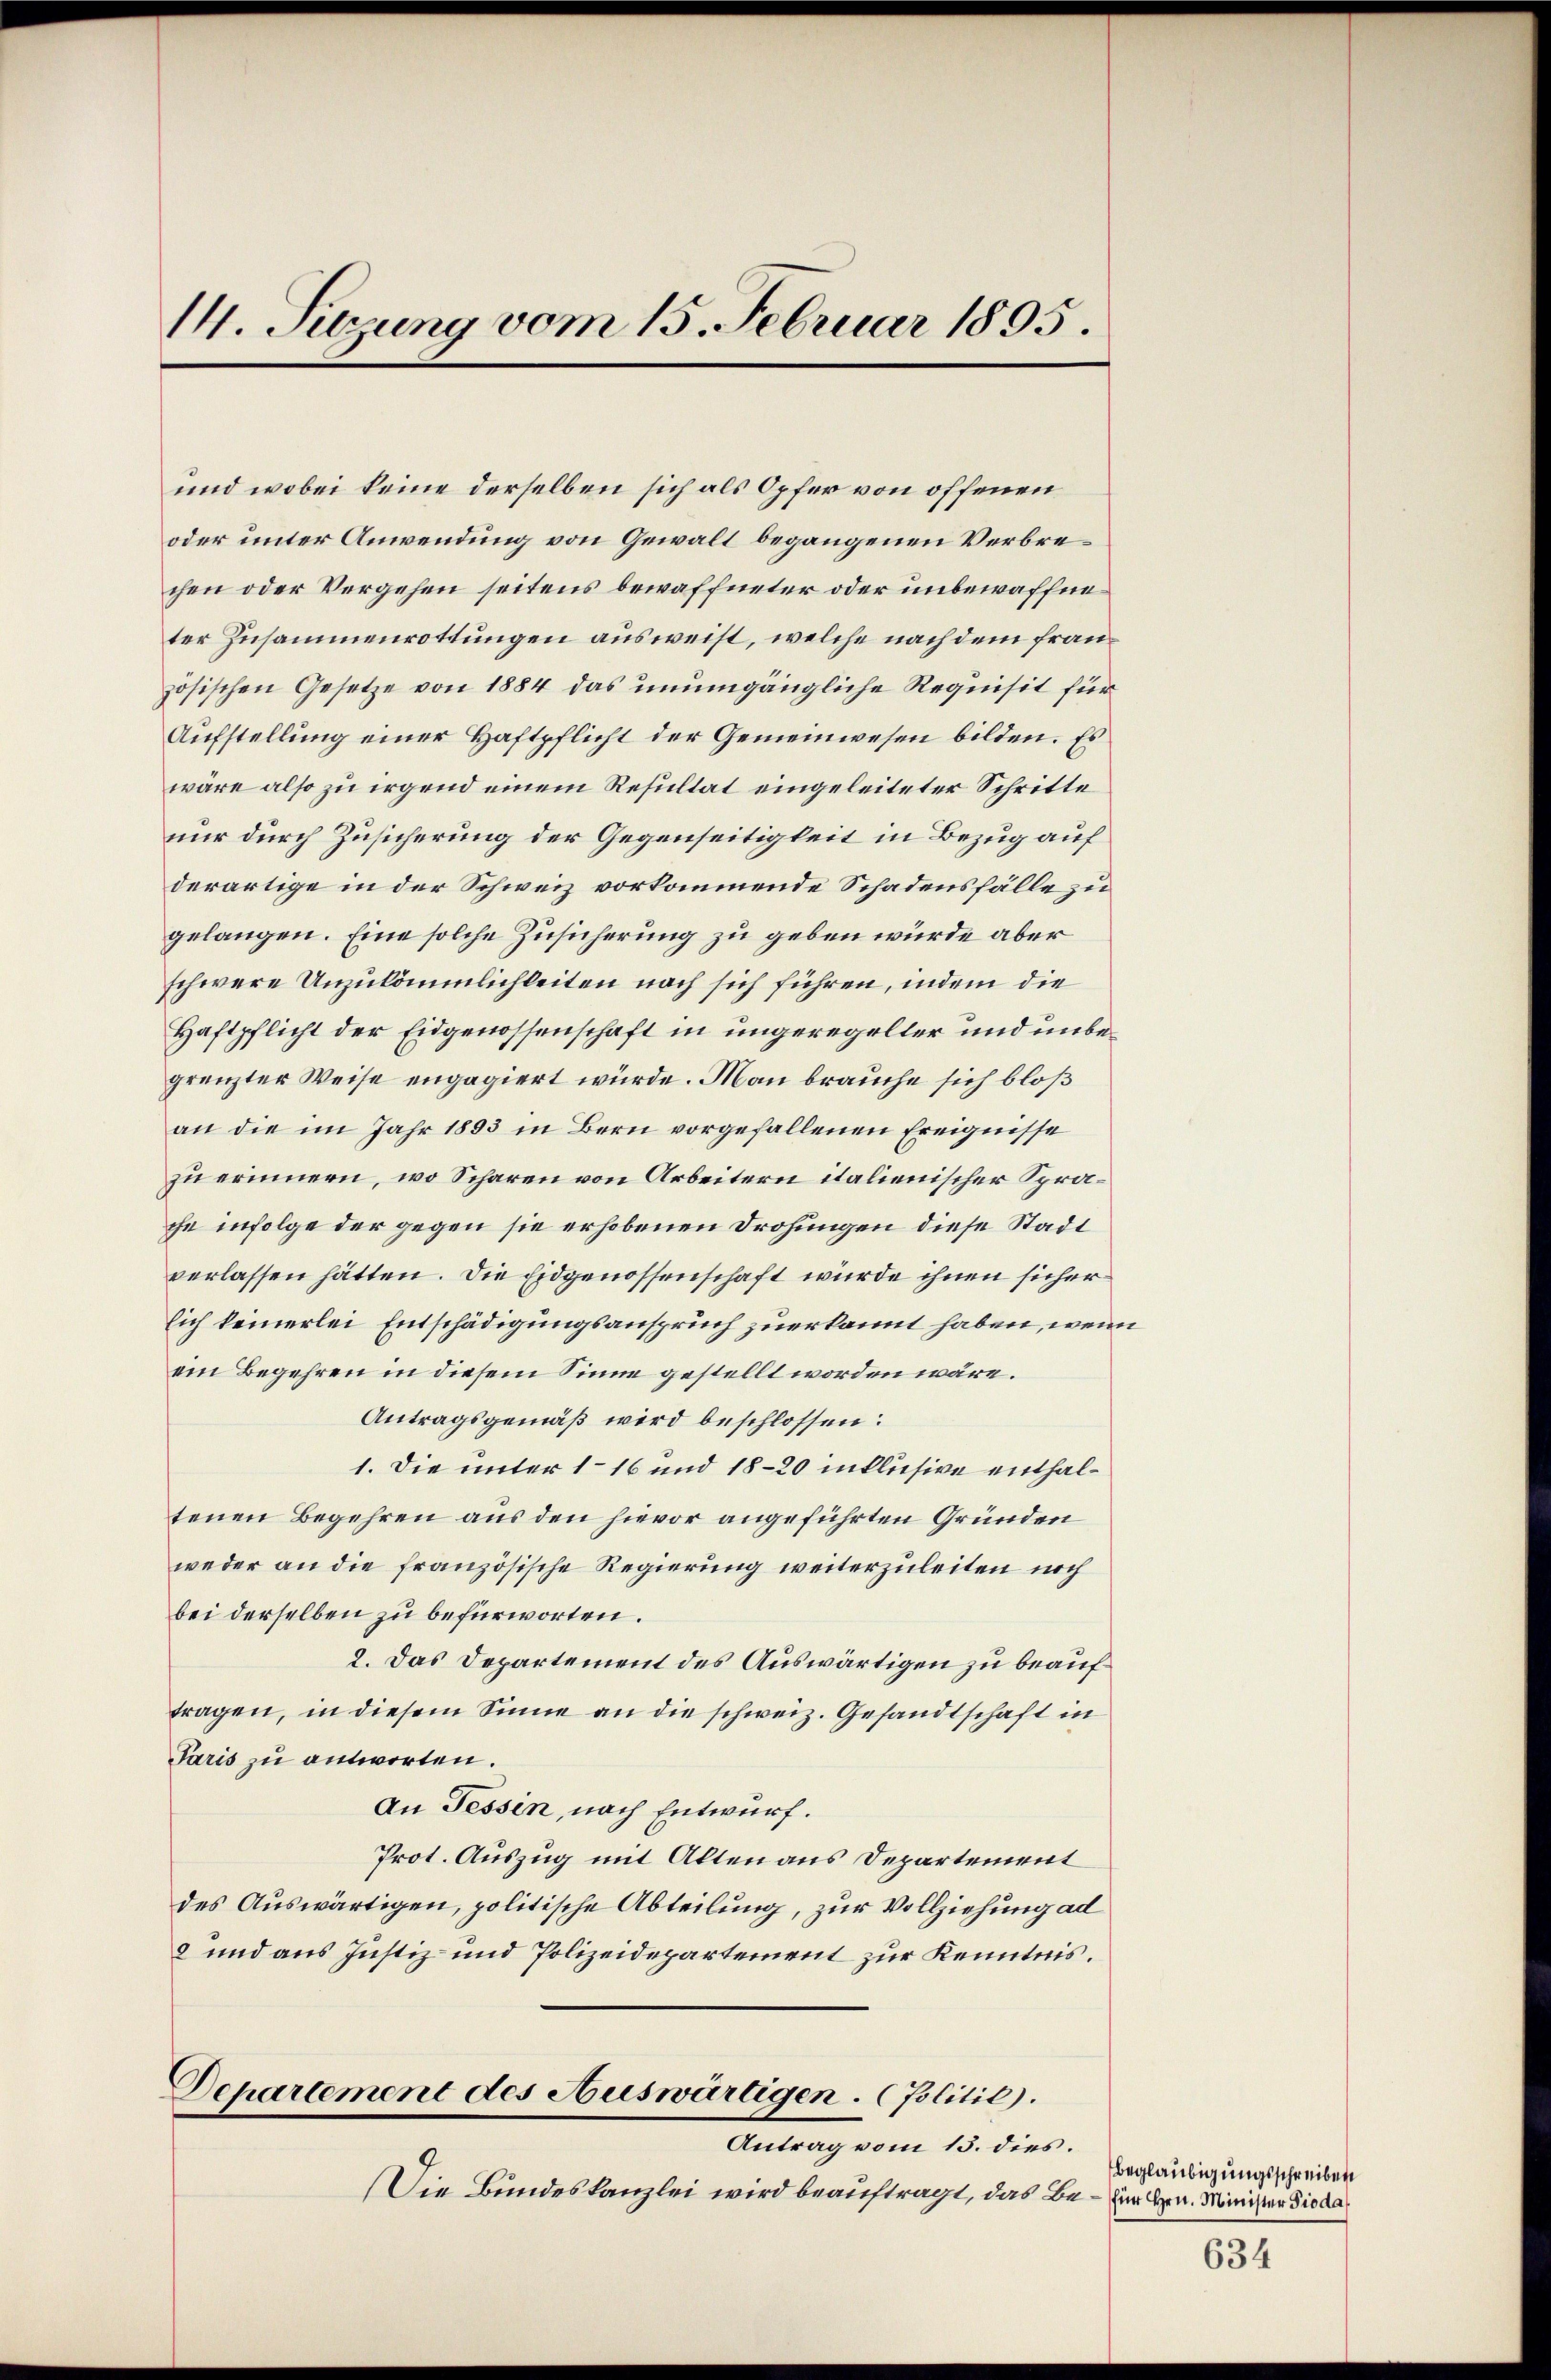
14. Sitzung vom 15. Februar 1895.

und wobei keine derselben sich als Opfer von offenen
oder unter Anwendung von Gewalt begangenen Verbrechen oder Vergehen seitens bewaffneter oder unbewaffneter Zusammenrottungen ausweist, welche nach dem französischen Gesetze von 1884 das unumgängliche Requisit für
Aufstellung einer Haftpflicht der Gemeinwesen bilden. Es
wäre also zu irgend einem Resultat eingeleiteter Schritte
nur durch Zusicherung der Gegenseitigkeit in Bezug auf
derartige in der Schweiz vorkommende Schadensfälle zu
gelangen. Eine solche Zusicherung zu geben würde aber
schwere Unzukömmlichkeiten nach sich führen, indem die
Haftpflicht der Eidgenossenschaft in ungeregelter und unbegrenzter Weise engagiert würde. Man brauche sich bloß
an die im Jahr 1893 in Bern vorgefallenen Ereignisse
zu erinnern, wo Scharen von Arbeitern italienischer Sprache infolge der gegen sie erhobenen Drohungen diese Stadt
verlassen hätten. Die Eidgenossenschaft wurde ihnen sicher
lich keinerlei Entschädigungsanspruch zuerkannt haben, wenn
ein Begehren in diesem Sinne gestellt worden wäre.
Antragsgemäß wird beschlossen:
1. Die unter 116 und 18–20 inklusive enthaltenen Begehren aus den hievor angeführten Gründen
weder an die französische Regierung weiterzuleiten noch
bei derselben zu befürworten.
2. Das Departement des Auswärtigen zu beauftragen, in diesem Sinne an die schweiz. Gesandtschaft in
Paris zu antworten.
An Tessin, nach Entwurf.
Prot. Auszug mit Alten aus Departement
des Auswärtigen, politische Abteilung, zur Vollziehung ad
2 und aus Justiz- und Polizeidepartement zur Kenntnis.
Departement des Auswärtigen. (Politic).
Antrag vom 15. dies.
Die Bundeskanzlei wird beauftragt, das Be- für Hrn. Minister die da

beglaubigungsschreiben

634